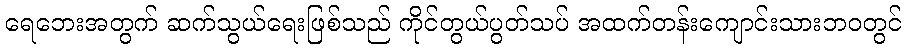
ရေဘေးအတွက် ဆက်သွယ်ရေးဖြစ်သည် ကိုင်တွယ်ပွတ်သပ် အထက်တန်းကျောင်းသားဘဝတွင်